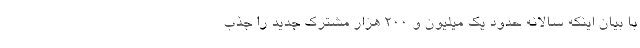
با بیان اینکه سالانه حدود یک میلیون و 200 هزار مشترک جدید را جذب